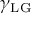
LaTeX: \gamma _ { \mathrm { L G } }